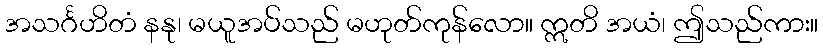
အသင်္ဂဟိတံ နနု၊ မယူအပ်သည် မဟုတ်ကုန်လော။ ဣတိ အယံ၊ ဤသည်ကား။